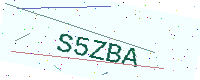
Text: S5ZBA